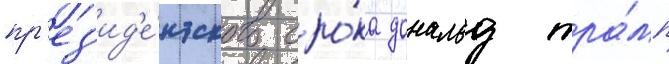
пр'ез'ид'е́нтского сро́ка дональд тра́мп